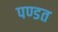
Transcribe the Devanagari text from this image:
पण्डत